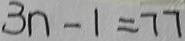
3 n - 1 = 7 7